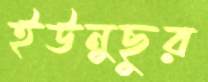
ইউনুছুর